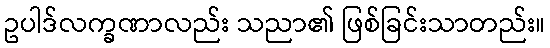
ဥပါဒ်လက္ခဏာလည်း သညာ၏ ဖြစ်ခြင်းသာတည်း။